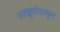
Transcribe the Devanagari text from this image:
अष्टध्रुवांपासून